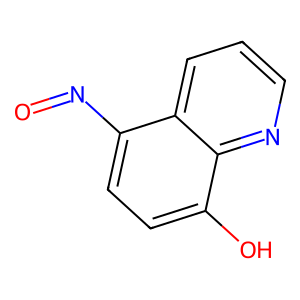
SMILES: O=Nc1ccc(O)c2ncccc12
Inhibits HIV replication: No